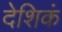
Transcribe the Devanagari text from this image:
देशिकं